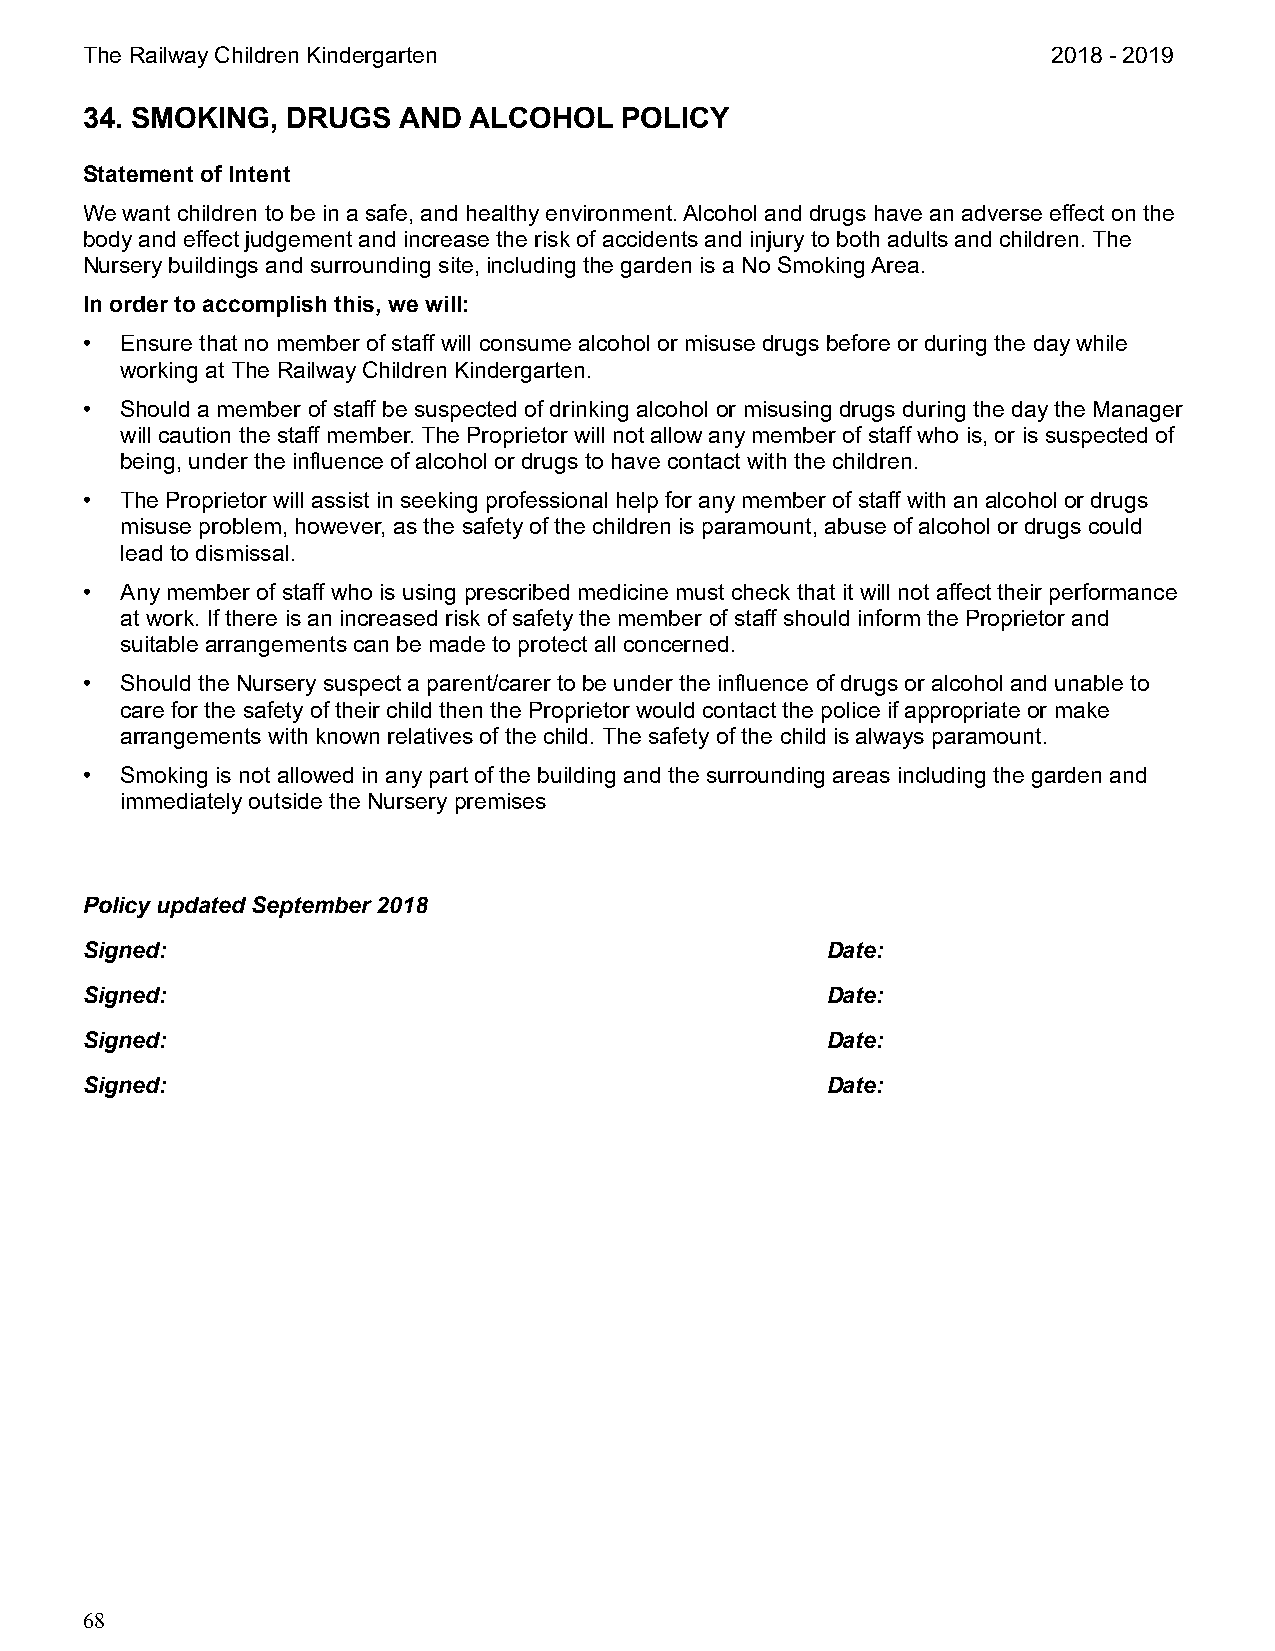
The Railway Children Kindergarten                                2018 - 2019
 34. SMOKING,  DRUGS  AND  ALCOHOL   POLICY
 Statement of Intent
 We want children to be in a safe, and healthy environment. Alcohol and drugs have an adverse effect on the
 body and effect judgement and increase the risk of accidents and injury to both adults and children. The
 Nursery buildings and surrounding site, including the garden is a No Smoking Area.
 In order to accomplish this, we will:
 •  Ensure that no member of staff will consume alcohol or misuse drugs before or during the day while
 working at The Railway Children Kindergarten.
 •  Should a member of staff be suspected of drinking alcohol or misusing drugs during the day the Manager
 will caution the staff member. The Proprietor will not allow any member of staff who is, or is suspected of
 being, under the influence of alcohol or drugs to have contact with the children.
 •  The Proprietor will assist in seeking professional help for any member of staff with an alcohol or drugs
 misuse problem, however, as the safety of the children is paramount, abuse of alcohol or drugs could
 lead to dismissal.
 •  Any member of staff who is using prescribed medicine must check that it will not affect their performance
 at work. If there is an increased risk of safety the member of staff should inform the Proprietor and
 suitable arrangements can be made to protect all concerned.
 •  Should the Nursery suspect a parent/carer to be under the influence of drugs or alcohol and unable to
 care for the safety of their child then the Proprietor would contact the police if appropriate or make
 arrangements with known relatives of the child. The safety of the child is always paramount.
 •  Smoking is not allowed in any part of the building and the surrounding areas including the garden and
 immediately outside the Nursery premises
 Policy updated September 2018
 Signed:                                           Date:
 Signed:                                           Date:
 Signed:                                           Date:
 Signed:                                           Date:
 68